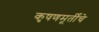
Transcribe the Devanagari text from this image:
कृषणमूर्तींचे